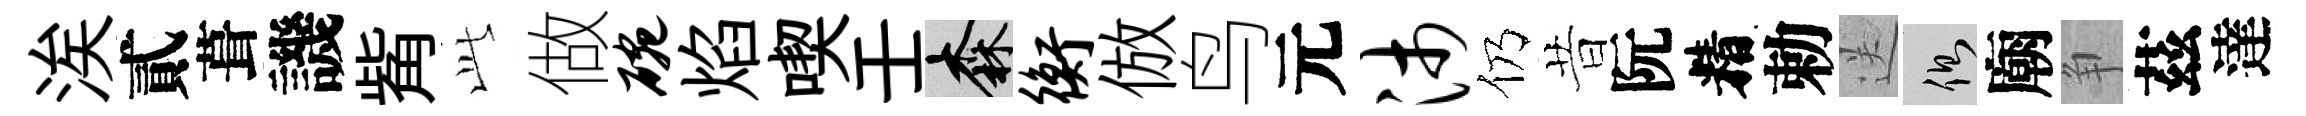
涘貳葺譏觜𬼘做碗焰喫壬森衡倣鸟元沛仍昔阮精勅送側廟争茲達